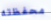
محفظته